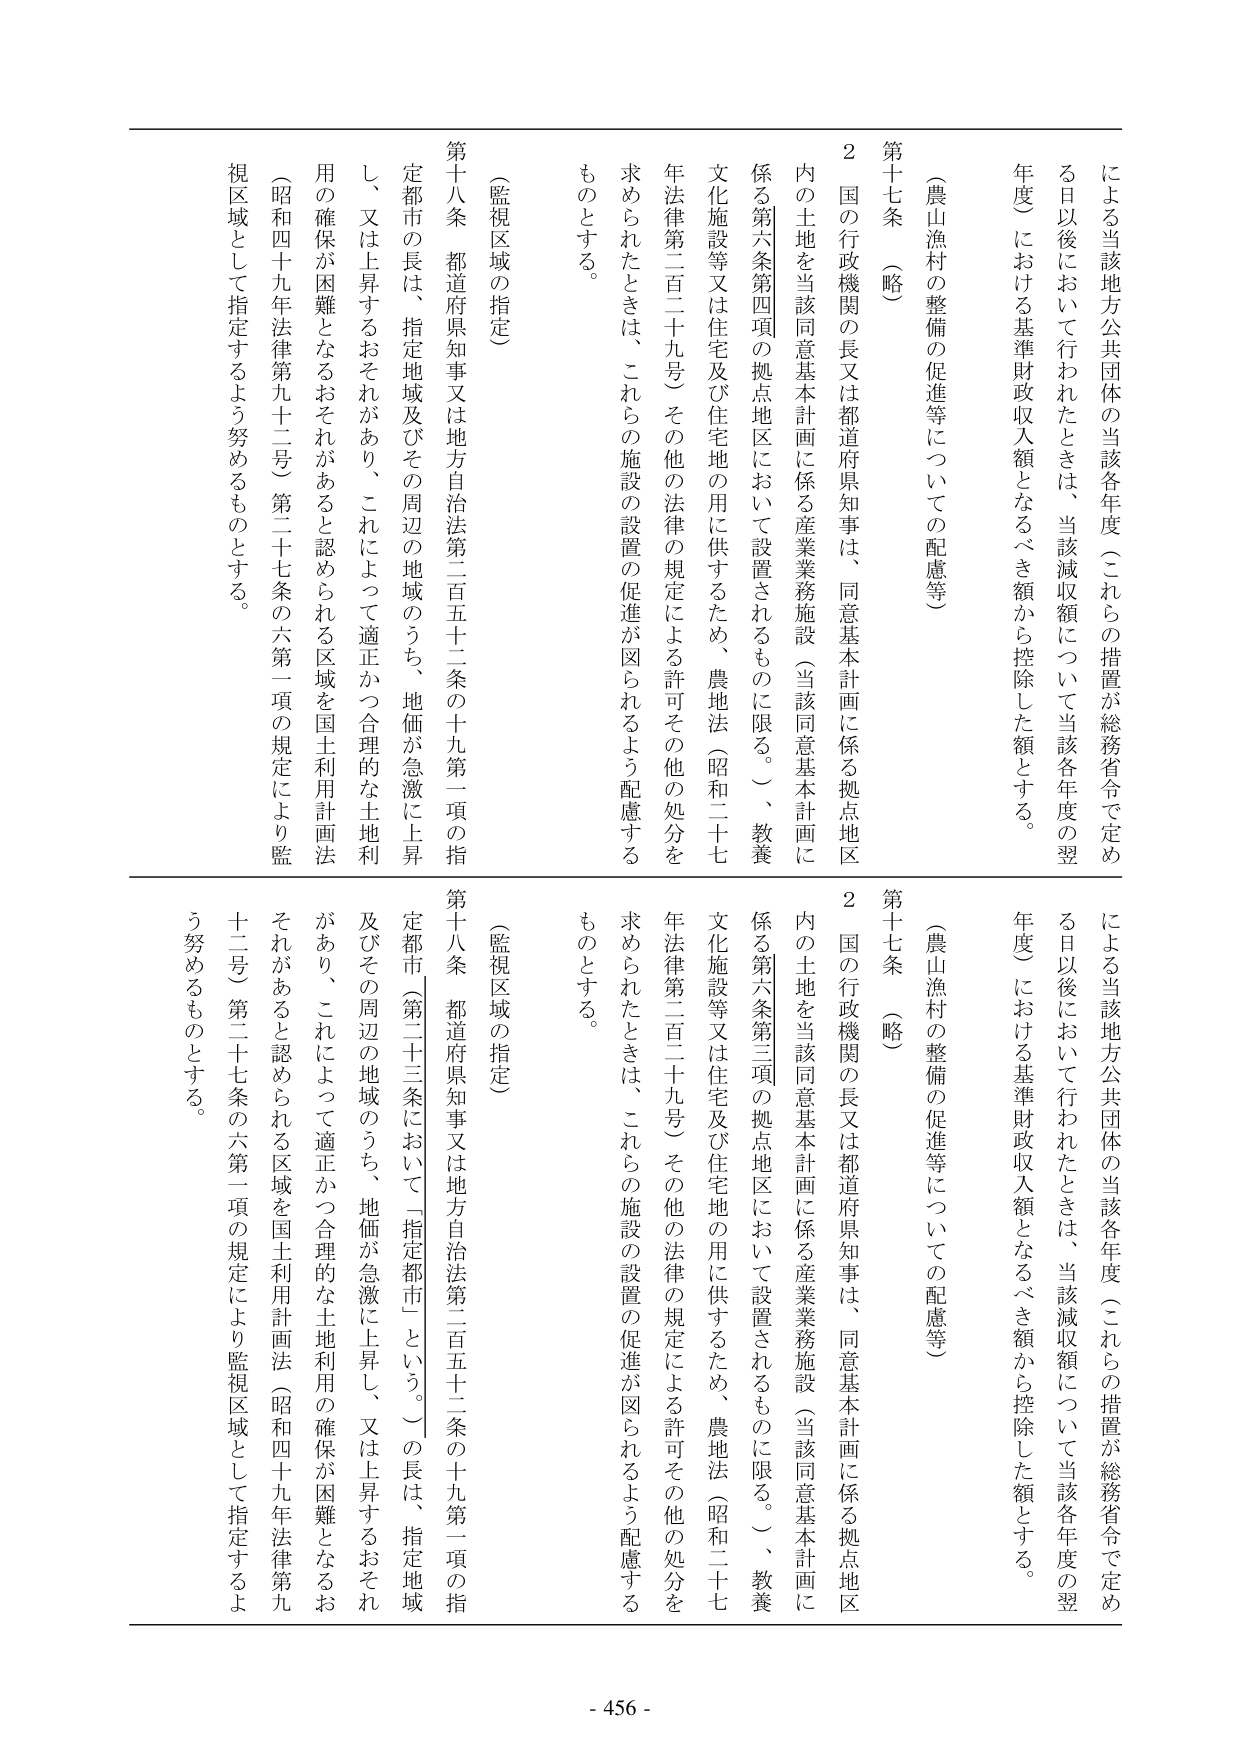
による当該地方公共団体の当該各年度（これらの措置が総務省令で定める日以後において行われたときは、当該減収額について当該各年度の翌年度）における基準財政収入額となるべき額から控除した額とする。

（農山漁村の整備の促進等についての配慮等）

第十七条 （略）

２ 国の行政機関の長又は都道府県知事は、同意基本計画に係る拠点地区内の土地を当該同意基本計画に係る産業業務施設（当該同意基本計画に係る第六条第四項の拠点地区において設置されるものに限る。）、教養文化施設等又は住宅及び住宅地の用に供するため、農地法（昭和二十七年法律第二百二十九号）その他の法律の規定による許可その他の処分を求められたときは、これらの施設の設置の促進が図られるよう配慮するものとする。

（監視区域の指定）

第十八条 都道府県知事又は地方自治法第二百五十二条の十九第一項の指定都市の長は、指定地域及びその周辺の地域のうち、地価が急激に上昇し、又は上昇するおそれがあり、これによって適正かつ合理的な土地利用の確保が困難となるおそれがあると認められる区域を国土利用計画法（昭和四十九年法律第九十二号）第二十七条の六第一項の規定により監視区域として指定するよう努めるものとする。

による当該地方公共団体の当該各年度（これらの措置が総務省令で定める日以後において行われたときは、当該減収額について当該各年度の翌年度）における基準財政収入額となるべき額から控除した額とする。

（農山漁村の整備の促進等についての配慮等）

第十七条 （略）

２ 国の行政機関の長又は都道府県知事は、同意基本計画に係る拠点地区内の土地を当該同意基本計画に係る産業業務施設（当該同意基本計画に係る第六条第三項の拠点地区において設置されるものに限る。）、教養文化施設等又は住宅及び住宅地の用に供するため、農地法（昭和二十七年法律第二百二十九号）その他の法律の規定による許可その他の処分を求められたときは、これらの施設の設置の促進が図られるよう配慮するものとする。

（監視区域の指定）

第十八条 都道府県知事又は地方自治法第二百五十二条の十九第一項の指定都市（第二十三条において「指定都市」という。）の長は、指定地域及びその周辺の地域のうち、地価が急激に上昇し、又は上昇するおそれがあり、これによって適正かつ合理的な土地利用の確保が困難となるおそれがあると認められる区域を国土利用計画法（昭和四十九年法律第九十二号）第二十七条の六第一項の規定により監視区域として指定するよう努めるものとする。

- 456 -